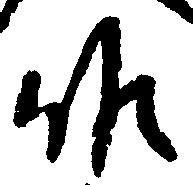
候